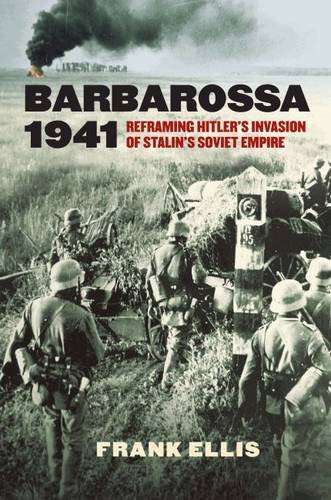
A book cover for Barbarossa 1941: Reframing Hitler's Invasion of Stalin's Soviet Empire (Modern War Studies); Frank Ellis; History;